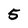
Character: 5